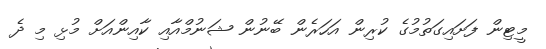
މީޓިން ފަށައިގަތުމުގެ ކުރިން އަހަރެން ބޭނުން ޝަނުމްއާއި ކާއިންއަށް މުޅި މި ދެ